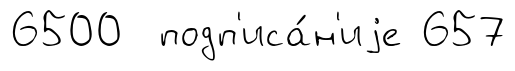
6500 подп'иса́н'иjе 657